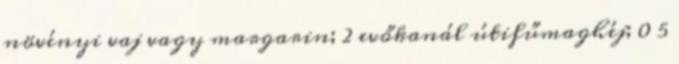
növényi vaj vagy margarin; 2 evőkanál útifűmaghéj; 0 5